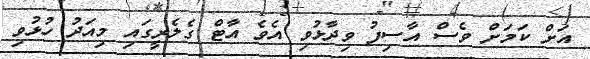
އަށް ކަމަށް ވެސް އާސިފު ވިދާޅުވި އެވެ އާޓް ގެލެރީގައި މިއަދު ހުޅުވި